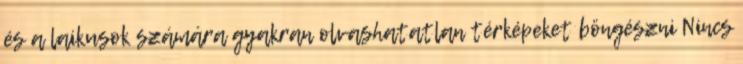
és a laikusok számára gyakran olvashatatlan térképeket böngészni Nincs